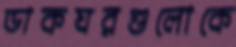
ডাকঘরগুলোকে